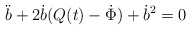
\begin{align*}\ddot{b}+2\dot{b}(Q(t)-\dot{\Phi})+\dot{b}^{2}=0\end{align*}